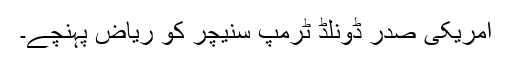
امریکی صدر ڈونلڈ ٹرمپ سنیچر کو ریاض پہنچے۔